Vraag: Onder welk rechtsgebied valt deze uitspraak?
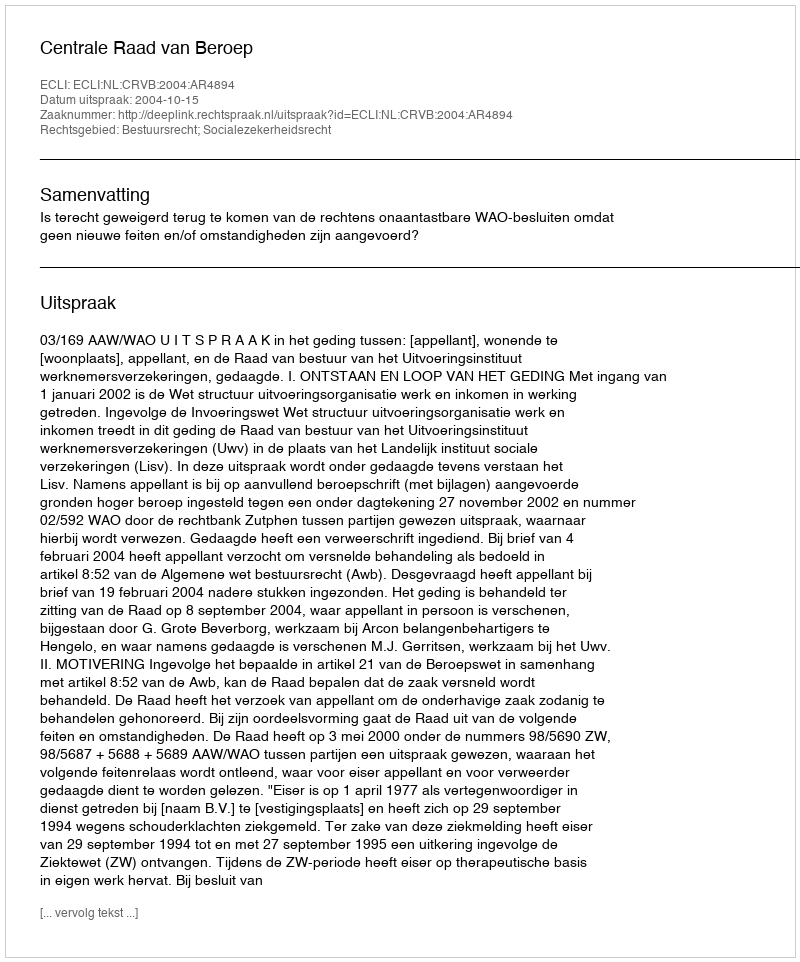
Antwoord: Bestuursrecht; Socialezekerheidsrecht